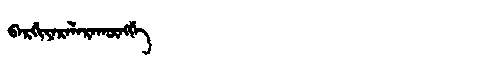
Manchu: ᠪᠠᡵᡤᡳᠶᠠᡵᠠᠯᠠᡵᠠᡴᡡᠩᡤᡝ
Romanization: BARGIYARALARAKŪNGGE